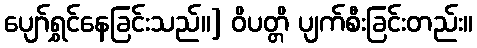
ပျော်ရွှင်နေခြင်းသည်။] ဝိပတ္တိ ပျက်စီးခြင်းတည်း။